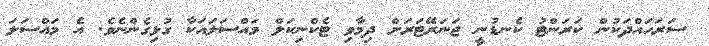
ސަރަހައްދަކުން ކަރަންޓު ކެނޑުނީ ޖަނަރޭޓަރަށް ދިމާވި ޓެކްނިކަލް މައްސަލައަކާ ގުޅިގެންނެވެ. އެ މައްސަލަ